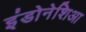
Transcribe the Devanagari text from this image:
इंडोनेशिआ